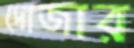
দোজার